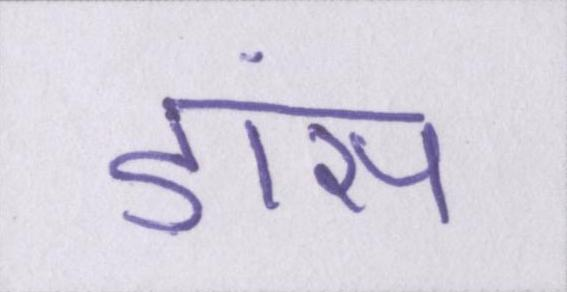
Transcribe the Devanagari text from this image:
डांस